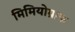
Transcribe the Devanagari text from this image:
मिमियोग्राफ